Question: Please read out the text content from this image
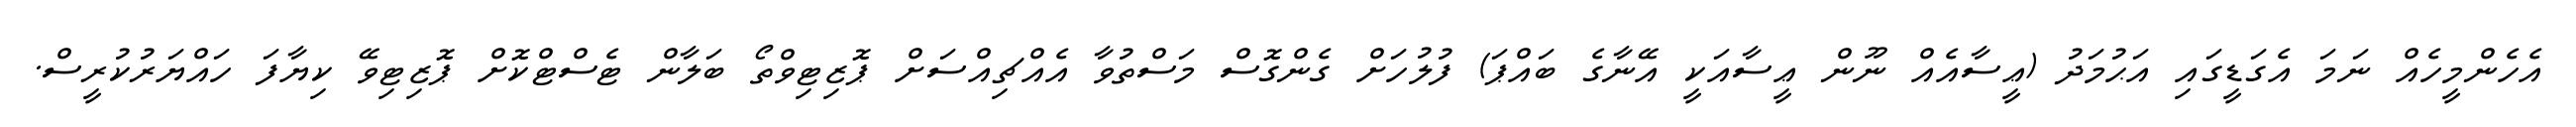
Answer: އެހެންމީހެއް ނަމަ އެގަޑީގައި އަޙުމަދު (ޢީސާއެއް ނޫން ޢީސާއަކީ އޭނާގެ ބައްޕަ) ފުލުހަށް ގެންގޮސް މަސްތުވާ އެއްޗިއްސަށް ޕޮޒިޓިވްތޯ ބަލާން ޓެސްޓްކޮށް ޕޮޒިޓިވޭ ކިޔާފަ ހައްޔަރުކުރީސް.